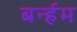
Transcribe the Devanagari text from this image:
बर्न्हम